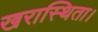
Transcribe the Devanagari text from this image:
खरास्थिता।